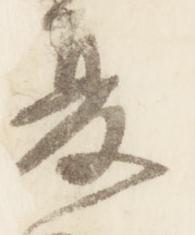
夏